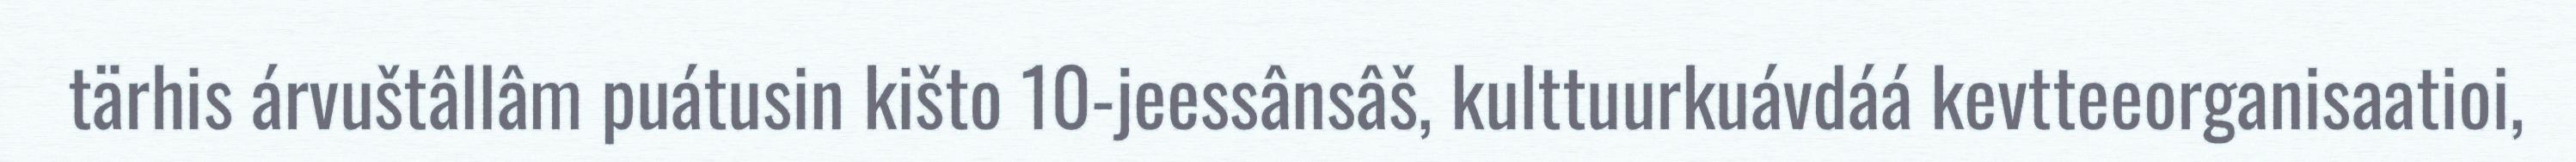
tärhis árvuštâllâm puátusin kišto 10-jeessânsâš, kulttuurkuávdáá kevtteeorganisaatioi,